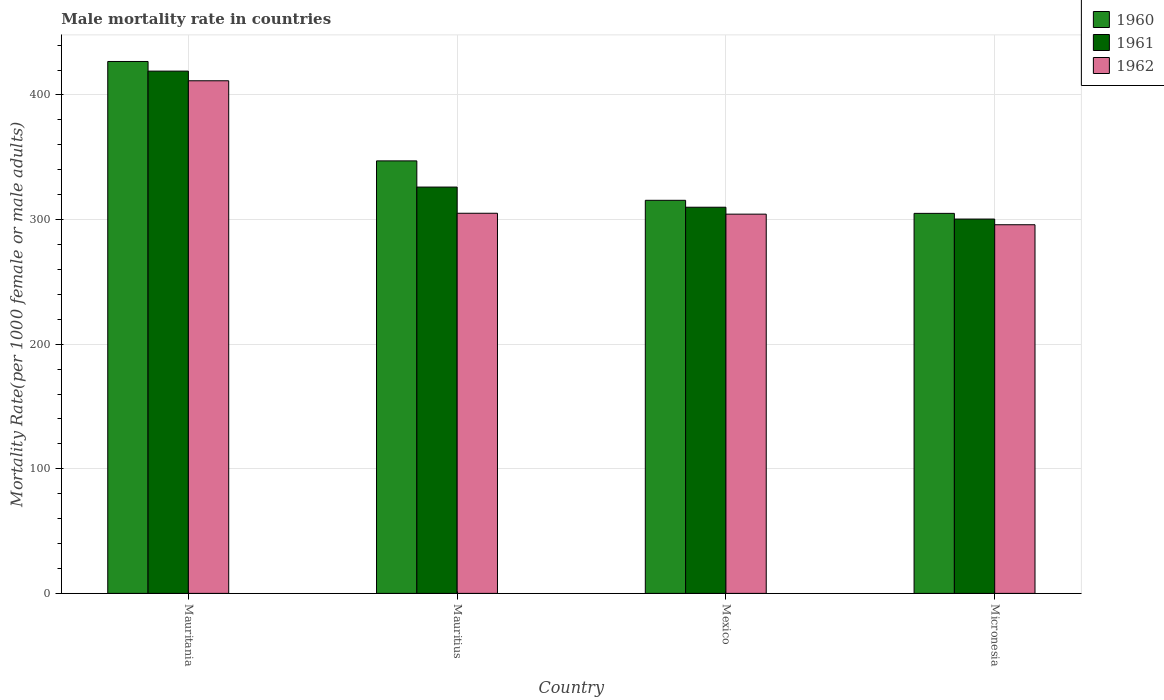
| Country | 1960 | 1961 | 1962 |
 | --- | --- | --- | --- |
 | Mauritania | 427 | 419 | 411 |
 | Mauritius | 347 | 326 | 305 |
 | Mexico | 315 | 310 | 304 |
 | Micronesia | 305 | 300 | 296 |